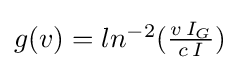
{\textstyle g(v)=ln^{-2}({\frac {v\,I_{G}}{c\,I}})}